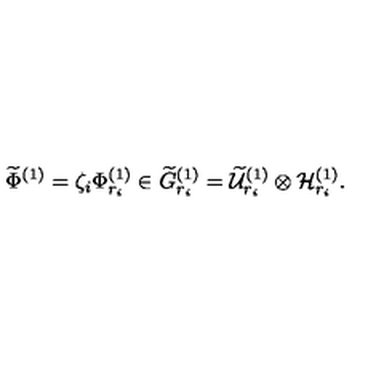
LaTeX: \widetilde { \Phi } ^ { ( 1 ) } = \zeta _ { i } \Phi _ { r _ { i } } ^ { ( 1 ) } \in \widetilde { G } _ { r _ { i } } ^ { ( 1 ) } = \widetilde { \cal U } _ { r _ { i } } ^ { ( 1 ) } \otimes { \cal H } _ { r _ { i } } ^ { ( 1 ) } .